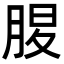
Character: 𦜄